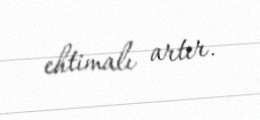
ehtimalı artır.